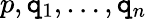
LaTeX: p,\mathtt{q}_{1},\ldots,\mathtt{q}_{n}